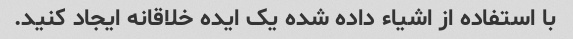
با استفاده از اشیاء داده شده یک ایده خلاقانه ایجاد کنید.